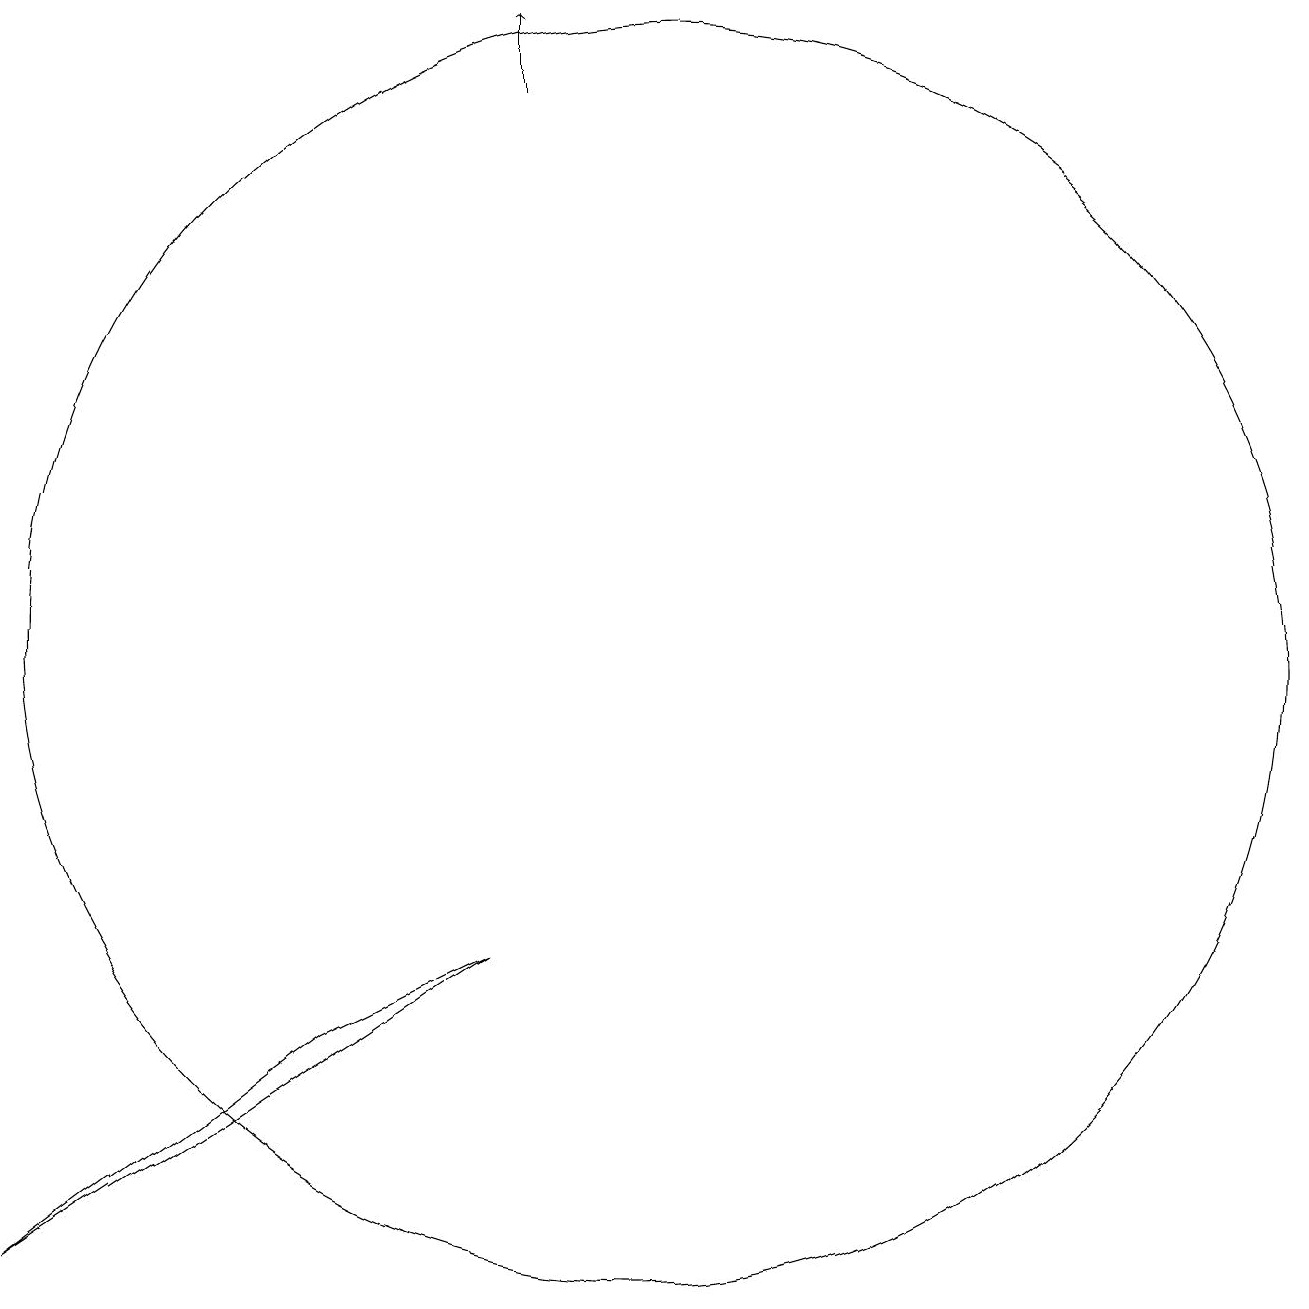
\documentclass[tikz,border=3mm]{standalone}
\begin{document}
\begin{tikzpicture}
\draw (7,5) -- (3,2) -- (9,6) -- cycle;
\draw (11,10) circle (8);
\draw[->] (9,17) -- (9,18);
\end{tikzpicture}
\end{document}